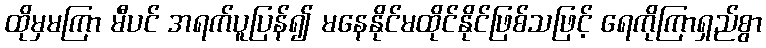
ထိုမှမကြာ မီပင် အရက်ပူပြန်၍ မနေနိုင်မထိုင်နိုင်ဖြစ်သဖြင့် ရေကိုကြာရှည်စွာ